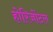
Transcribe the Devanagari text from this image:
होरिजोंटल